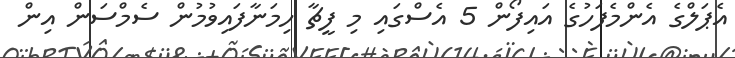
އެޕަލްގެ އެންމެފަހުގެ އައިިފޯން 5 އެސްގައި މި ފީޗާ ހިމަނާފައިވުމުން ސެމްސަން އިން